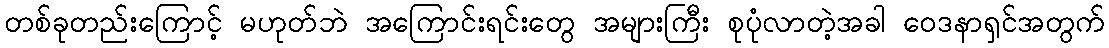
တစ်ခုတည်းကြောင့် မဟုတ်ဘဲ အကြောင်းရင်းတွေ အများကြီး စုပုံလာတဲ့အခါ ဝေဒနာရှင်အတွက်